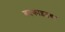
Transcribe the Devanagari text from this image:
बदकाइतका